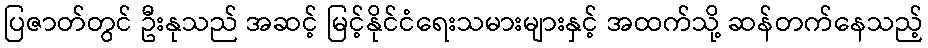
ပြဇာတ်တွင် ဦးနုသည် အဆင့် မြင့်နိုင်ငံရေးသမားများနှင့် အထက်သို့ ဆန်တက်နေသည့်